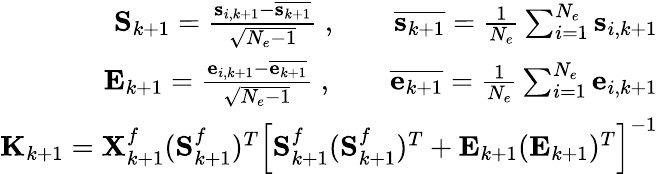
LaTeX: \begin{array}{r}{\mathbf{S}_{k+1}=\frac{\mathbf{s}_{i,k+1}-\overline{{\mathbf{s}_{k+1}}}}{\sqrt{N_{e}-1}}\; ,\qquad\overline{{\mathbf{s}_{k+1}}}=\frac{1}{N_{e}}\sum_{i=1}^{N_{e}}\mathbf{s}_{i,k+1}}\\ {\mathbf{E}_{k+1}=\frac{\mathbf{e}_{i,k+1}-\overline{{\mathbf{e}_{k+1}}}}{\sqrt{N_{e}-1}}\; ,\qquad\overline{{\mathbf{e}_{k+1}}}=\frac{1}{N_{e}}\sum_{i=1}^{N_{e}}\mathbf{e}_{i,k+1}}\\ {\mathbf{K}_{k+1}=\mathbf{X}_{k+1}^{f}(\mathbf{S}_{k+1}^{f})^{T}\left[\mathbf{S}_{k+1}^{f}(\mathbf{S}_{k+1}^{f})^{T}+\mathbf{E}_{k+1}(\mathbf{E}_{k+1})^{T}\right]^{-1}}\end{array}